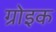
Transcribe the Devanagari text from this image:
ग्रोइक